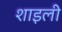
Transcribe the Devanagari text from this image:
शाइली